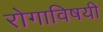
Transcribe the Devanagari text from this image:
रोगाविषयी